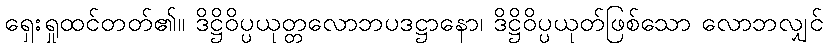
ရှေးရှုထင်တတ်၏။ ဒိဋ္ဌိဝိပ္ပယုတ္တလောဘပဒဋ္ဌာနော၊ ဒိဋ္ဌိဝိပ္ပယုတ်ဖြစ်သော လောဘလျှင်